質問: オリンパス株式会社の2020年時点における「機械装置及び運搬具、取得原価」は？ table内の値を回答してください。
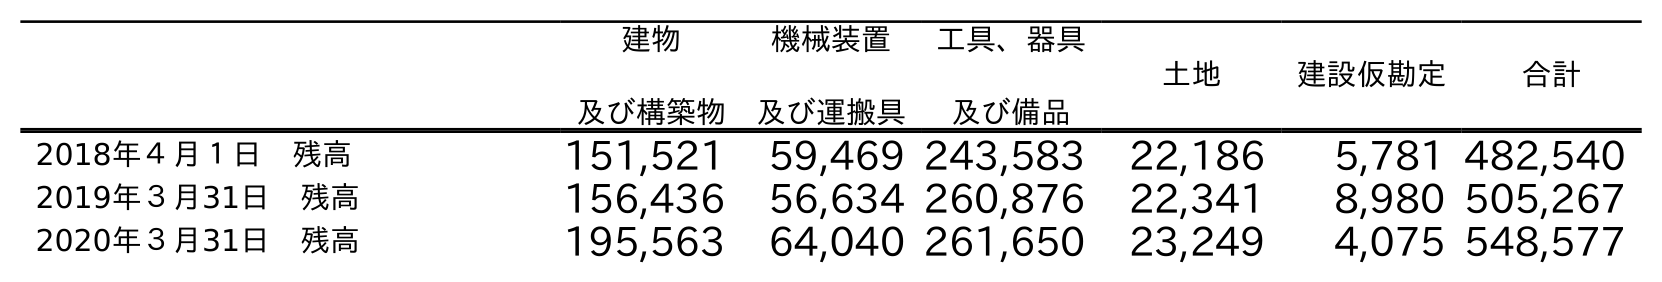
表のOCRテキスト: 建物 及び構築物 機械装置 及び運搬具 工具、器具 及び備品 土地 建設仮勘定 合計 2018年４月１日 残高 151,521 59,469 243,583 22,186 5,781 482,540 2019年３月31日 残高 156,436 56,634 260,876 22,341 8,980 505,267 2020年３月31日 残高 195,563 64,040 261,650 23,249 4,075 548,577
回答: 64,040